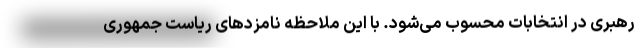
رهبری در انتخابات محسوب می‌شود. با این ملاحظه نامزدهای ریاست جمهوری